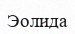
Эолида